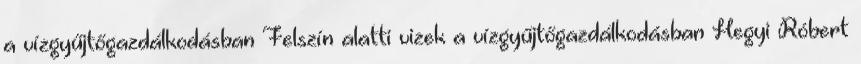
a vízgyűjtőgazdálkodásban Felszín alatti vizek a vízgyűjtőgazdálkodásban Hegyi Róbert